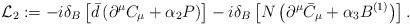
\begin{align*}{\cal L}_2 := - i\delta_B\left[ \bar d \left( \partial^\mu C_{\mu} + \alpha_2 P \right) \right]- i \delta_B \left[ N \left( \partial^\mu \bar C_\mu + \alpha_3 B^{(1)} \right) \right] .\end{align*}